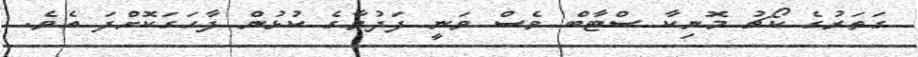
ގަތަރުގެ ކޯޗު މޮނިކާ ސްޓާބް ވެސް ވަނީ ފަދުވާގެ ކުޅުން ފާހަގަކޮށްފަ އެވެ.